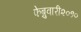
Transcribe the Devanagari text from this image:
फेब्रुवारी२०१०